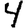
Digit: 4